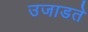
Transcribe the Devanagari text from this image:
उजाडते